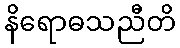
နိရောဓသညီတိ